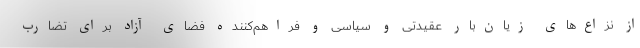
از نزاع‌های زیان‌بار عقیدتی و سیاسی و فراهم‌کننده فضای آزاد برای تضارب